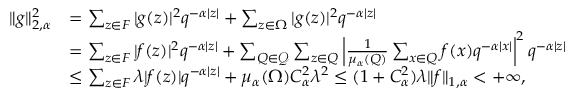
\begin{array} { r l } { \| g \| _ { 2 , { \alpha } } ^ { 2 } } & { = \sum _ { z \in F } | g ( z ) | ^ { 2 } q ^ { - \alpha | z | } + \sum _ { z \in \Omega } | g ( z ) | ^ { 2 } q ^ { - \alpha | z | } } \\ & { = \sum _ { z \in F } | f ( z ) | ^ { 2 } q ^ { - \alpha | z | } + \sum _ { Q \in \mathcal { Q } } \sum _ { z \in Q } \left| \frac 1 { \mu _ { \alpha } ( Q ) } \sum _ { x \in Q } f ( x ) q ^ { - \alpha | x | } \right| ^ { 2 } q ^ { - \alpha | z | } } \\ & { \leq \sum _ { z \in F } \lambda | f ( z ) | q ^ { - \alpha | z | } + \mu _ { \alpha } ( \Omega ) C _ { \alpha } ^ { 2 } \lambda ^ { 2 } \leq ( 1 + C _ { \alpha } ^ { 2 } ) \lambda \| f \| _ { 1 , \alpha } < + \infty , } \end{array}